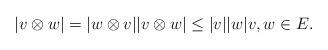
LaTeX: \begin{align*} |v \otimes w| = |w \otimes v| |v \otimes w| \leq |v| |w| v, w \in E.\end{align*}